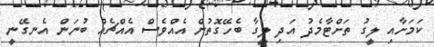
ކަމަށާއި ލީގު ތަށްޓާމެދު އަދި ލީގާ ބެހޭގޮތުން އެއްވެސް އެއްޗެއް ބުނަން އެނގޭނީ